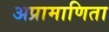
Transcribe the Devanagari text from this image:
अप्रामाणिता